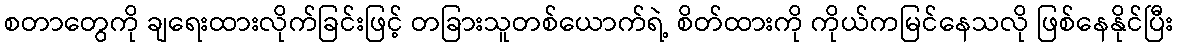
စတာတွေကို ချရေးထားလိုက်ခြင်းဖြင့် တခြားသူတစ်ယောက်ရဲ့ စိတ်ထားကို ကိုယ်ကမြင်နေသလို ဖြစ်နေနိုင်ပြီး